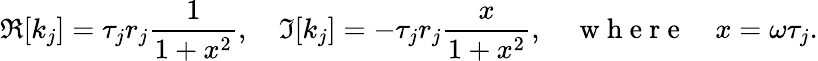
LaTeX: \Re[k_{j}]=\tau_{j}r_{j}\frac{1}{1+x^{2}},\quad\Im[k_{j}]=-\tau_{j}r_{j}\frac{x}{1+x^{2}},\quad\mathrm{~w~h~e~r~e~}\quad x=\omega\tau_{j}.